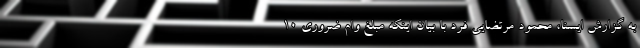
به گزارش ایسنا، محمود مرتضایی فرد با بیان اینکه مبلغ وام ضروری ۱۰